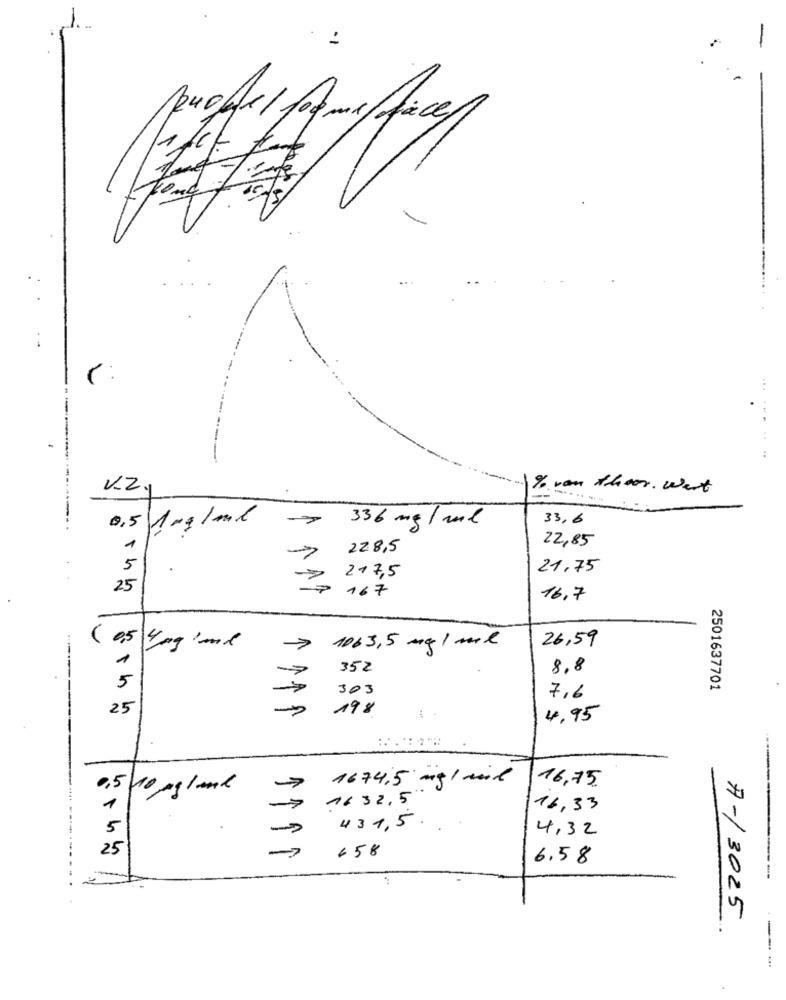
-
...
.
% vom theor. west
336 mg / ml
33,6
0,5 1mg/ml
22,85
1
228,5
1
5
21.75
217,5
25
167
16.7
1063,5 mg / ml
26,59
( 05/4 mg land
1
352
8.8
5
303
7,6
2501637701
25
198
4,95
1674,5 mg / ml
16,75.
0,5
10 kg/ml
1
16 32,5
-------
11
16,33
431.5.
4.32
25
658
6.58
A-/ 3025
---